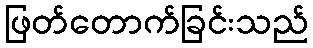
ဖြတ်တောက်ခြင်းသည်